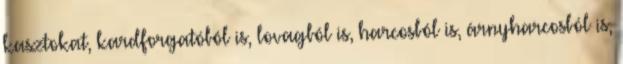
kasztokat, kardforgatóból is, lovagból is, harcosból is, árnyharcosból is,